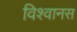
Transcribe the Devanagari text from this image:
विश्वानस